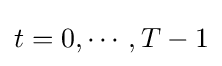
t=0,\cdots ,T-1